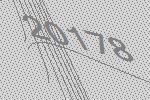
20178